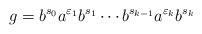
LaTeX: \begin{align*}g=b^{s_0}a^{\varepsilon_1}b^{s_1}\cdots b^{s_{k-1}}a^{\varepsilon_k}b^{s_k}\end{align*}